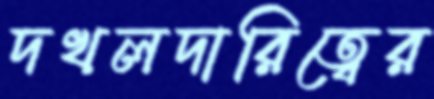
দখলদারিত্বের